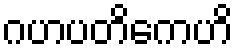
ဂဟပတိကေဟိ